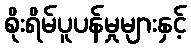
စိုးရိမ်ပူပန်မှုများနှင့်